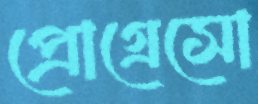
প্রোগ্রেসো